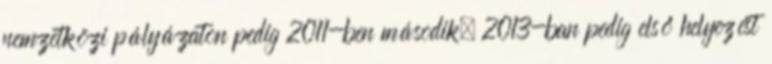
nemzetközi pályázaton pedig 2011-ben második, 2013-ban pedig első helyezést